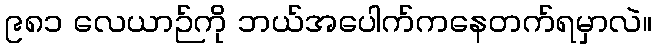
၉၈၁ လေယာဉ်ကို ဘယ်အပေါက်ကနေတက်ရမှာလဲ။